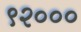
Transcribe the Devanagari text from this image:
९२०००